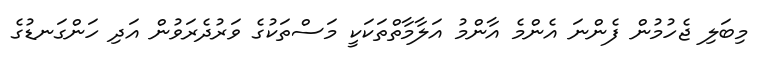
މިބަލި ޖެހުމުން ފެންނަ އެންމެ އާންމު އަލާމާތްތަކަކީ މަސްތަކުގެ ވަރުދެރަވުން އަދި ހަންގަނޑުގެ